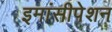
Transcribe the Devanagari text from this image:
इमांसीपेशन